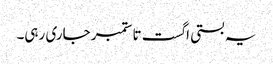
یہ بستی اگست تا ستمبر جاری رہی۔